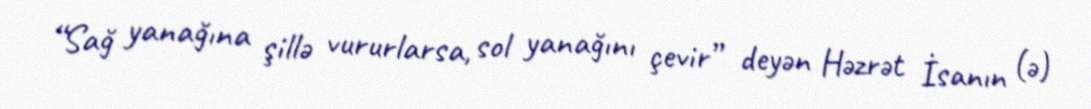
“Sağ yanağına şillə vururlarsa, sol yanağını çevir” deyən Həzrət İsanın (ə)